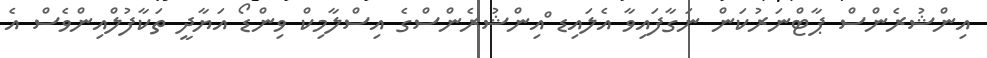
އިންޝުރެންސް ޕާޓްނަރުކަން ނަގާފައިވާ އެލައިޑ ްއިންޝުރެންސްގެ އިސްލާމިކް ވިންޑޯ އަޔާދީ ތަކާފުލްއިންވެސް އެ